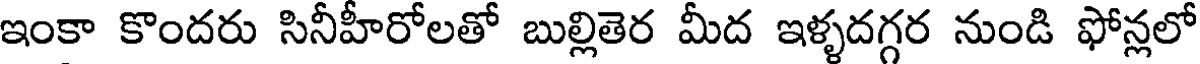
ఇంకా కొందరు సినీహీరోలతో బుల్లితెర మీద ఇళ్ళదగ్గర నుండి ఫోన్లలో